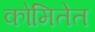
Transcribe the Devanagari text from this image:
कोमितेत